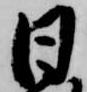
日